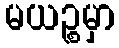
မယဉ္စမှာ